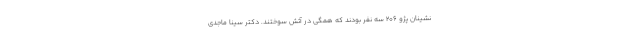
نشینان پژو ۲۰۶ سه نفر بودند که همگی در آتش سوختند. دکتر سینا ماجدی